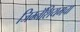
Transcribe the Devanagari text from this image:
जिम्नॅशियमचा